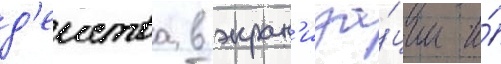
д'еиства в экран'иза́ции и́